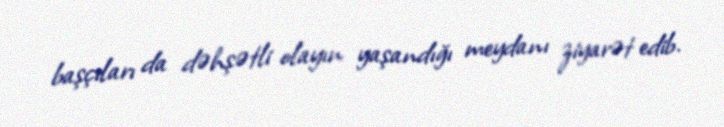
başçıları da dəhşətli olayın yaşandığı meydanı ziyarət edib.